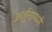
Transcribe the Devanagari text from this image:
अर्जुनामध्ये